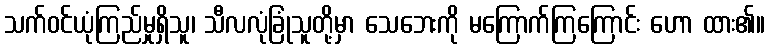
သက်ဝင်ယုံကြည်မှုရှိသူ၊ သီလလုံခြုံသူတို့မှာ သေဘေးကို မကြောက်ကြကြောင်း ဟော ထား၏။